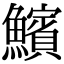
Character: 𩼧